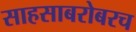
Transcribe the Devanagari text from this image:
साहसाबरोबरच